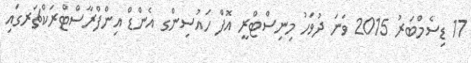
17 ޑިސެމްބަރު 2015 ވަނަ ދުވަހު މިނިސްޓްރީ އޮފް ހައުސިންގ އެންޑް އިންފްރާސްޓްރަކްޗަރގައި